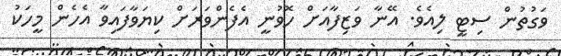
ވަގުތުން ސިޓީ ލިއެވެ. އޭނާ ވަޒިފާއަށް ހޮވުނީ އެފެންވަރަށް ކިޔަވާފައިވާ އެހެން މީހަކު